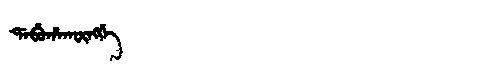
Manchu: ᡩᠠᠪᡠᡥᠠᡴᡡᠩᡤᡝ
Romanization: DABUHAKŪNGGE